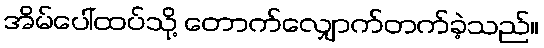
အိမ်ပေါ်ထပ်သို့ တောက်လျှောက်တက်ခဲ့သည်။